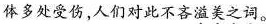
体多处受伤，人们对此不吝溢美之词。